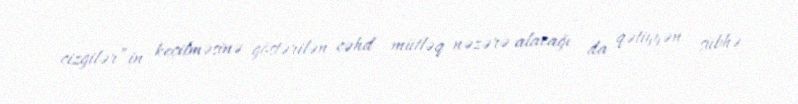
cizgilər”in keçilməsinə göstərilən cəhd mütləq nəzərə alacağı da qətiyyən şübhə